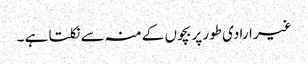
غیر ارادی طور پر بچوں کے منہ سے نکلتا ہے ۔